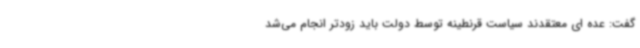
گفت: عده ای معتقدند سیاست قرنطینه توسط دولت باید زودتر انجام می‌شد